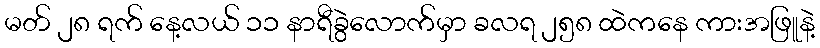
မတ် ၂၈ ရက် နေ့လယ် ၁၁ နာရီခွဲလောက်မှာ ခလရ ၂၅၈ ထဲကနေ ကားအဖြူနဲ့